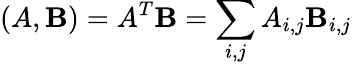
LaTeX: (A,\mathbf{B})=A^{T}\mathbf{B}=\sum_{i,j}A_{i,j}\mathbf{B}_{i,j}